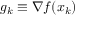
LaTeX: g _ { k } \equiv \nabla f ( x _ { k } )